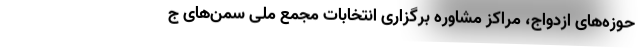
حوزه‌های ازدواج، مراکز مشاوره برگزاری انتخابات مجمع ملی سمن‌های ج